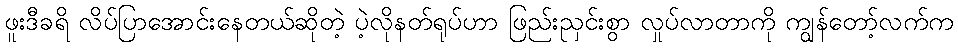
ဖူးဒီခရိ လိပ်ပြာအောင်းနေတယ်ဆိုတဲ့ ပဲ့လိုနတ်ရုပ်ဟာ ဖြည်းညှင်းစွာ လှုပ်လာတာကို ကျွန်တော့်လက်က